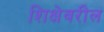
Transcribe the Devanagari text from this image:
शिक्षेवरील